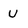
Character: U